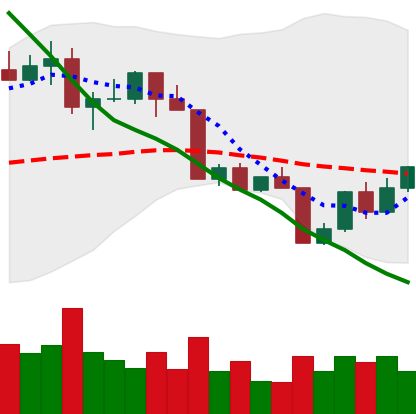
Ticker: LTC-USD
Chart end date: 2022-04-16
Forward return: -6.495%
Label: down_5_7